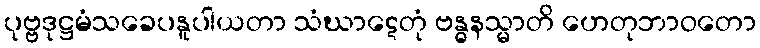
ပုဗ္ဗဒုဋ္ဌမံသခေပနူပါယတာ သံဃာဋေတုံ ဗန္ဓနသ္မာတိ ဟေတုဘာဝတော